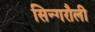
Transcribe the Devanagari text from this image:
सिन्गरौली